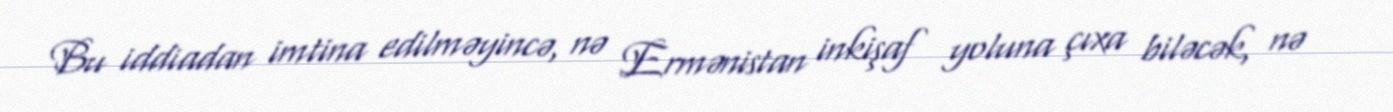
Bu iddiadan imtina edilməyincə, nə Ermənistan inkişaf yoluna çıxa biləcək, nə